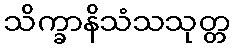
သိက္ခာနိသံသသုတ္တ